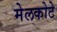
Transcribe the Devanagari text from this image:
मेलकोटे